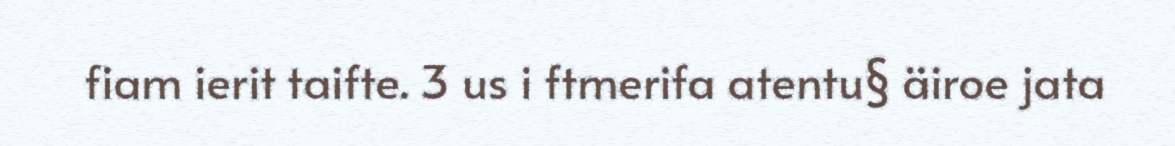
fiam ierit taifte. 3 us i ftmerifa atentu§ äiroe jata